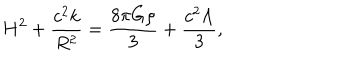
H ^ { 2 } + \frac { c ^ { 2 } k } { R ^ { 2 } } = \frac { 8 \pi G \rho } { 3 } + \frac { c ^ { 2 } \Lambda } { 3 } ,